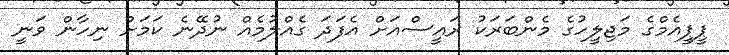
ޕީޕީއެމްގެ މަޖިލީހުގެ މެންބަރަކު ރައީސްއަށް އެފަދަ ގެއްލުމެއް ނުދޭނެ ކަމަށް ނިހާން ވަނީ